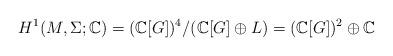
LaTeX: \begin{align*}H^1(M,\Sigma;\mathbb{C})=(\mathbb{C}[G])^4/(\mathbb{C}[G]\oplus L)=(\mathbb{C}[G])^2\oplus\mathbb{C}\end{align*}